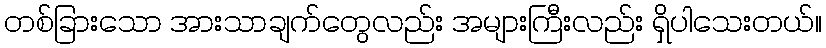
တစ်ခြားသော အားသာချက်တွေလည်း အများကြီးလည်း ရှိပါသေးတယ်။